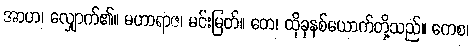
အာဟ၊ လျှောက်၏။ မဟာရာဇ၊ မင်းမြတ်။ တေ၊ ထိုခုနစ်ယောက်တို့သည်။ ကေစ၊